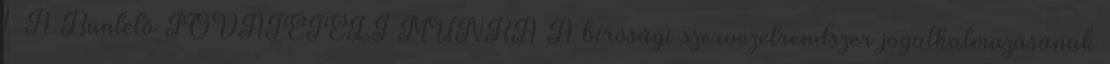
1. A Büntető JÓVÁTÉTELI MUNKA A bírósági szervezetrendszer jogalkalmazásának